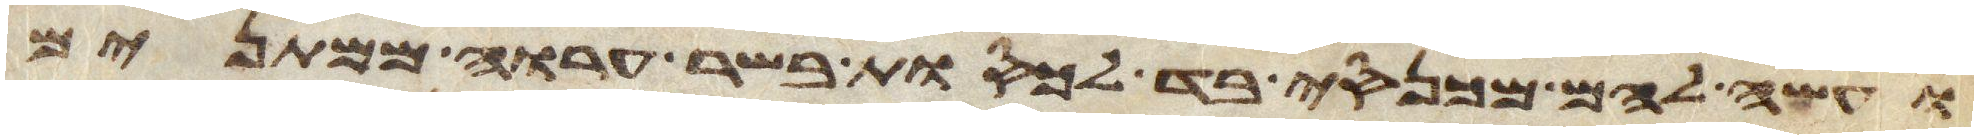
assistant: ועשה להם מכנסי בד לכסות בשר ערוה ממתנים